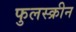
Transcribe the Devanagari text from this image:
फुलस्क्रीन